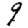
Digit: 9